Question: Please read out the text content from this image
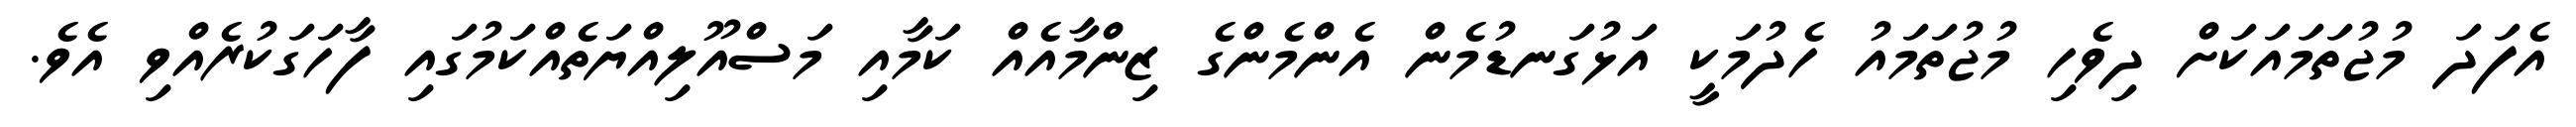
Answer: އެފަދަ މުޖުތަމައަކަށް ދިވެހި މުޖުތަމައު ހެދުމަކީ އަޅުގަނޑުމެން އެންމެންގެ ޒިންމާއެއް ކަމާއި މަސްއޫލިއްޔަތެއްކަމުގައި ފާހަގަކުރެއްވި އެވެ.